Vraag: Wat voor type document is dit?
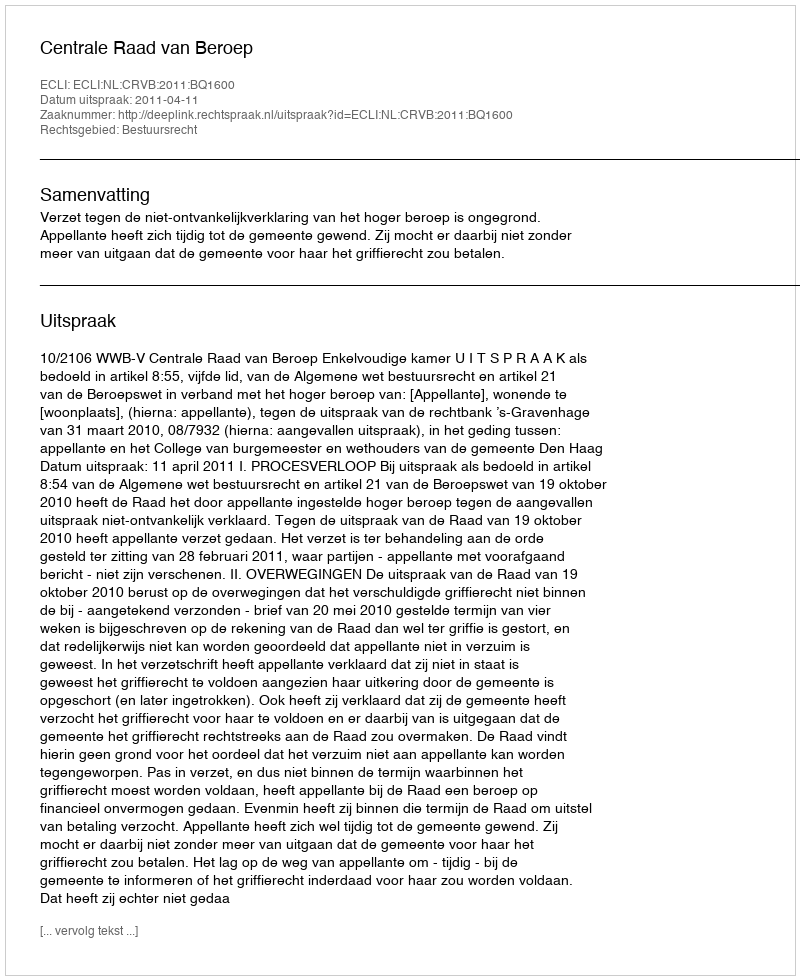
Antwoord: Uitspraak